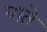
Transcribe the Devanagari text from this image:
पाते